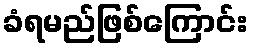
ခံရမည်ဖြစ်ကြောင်း